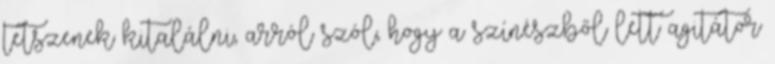
tetszenek kitalálni, arról szól, hogy a színészből lett agitátor